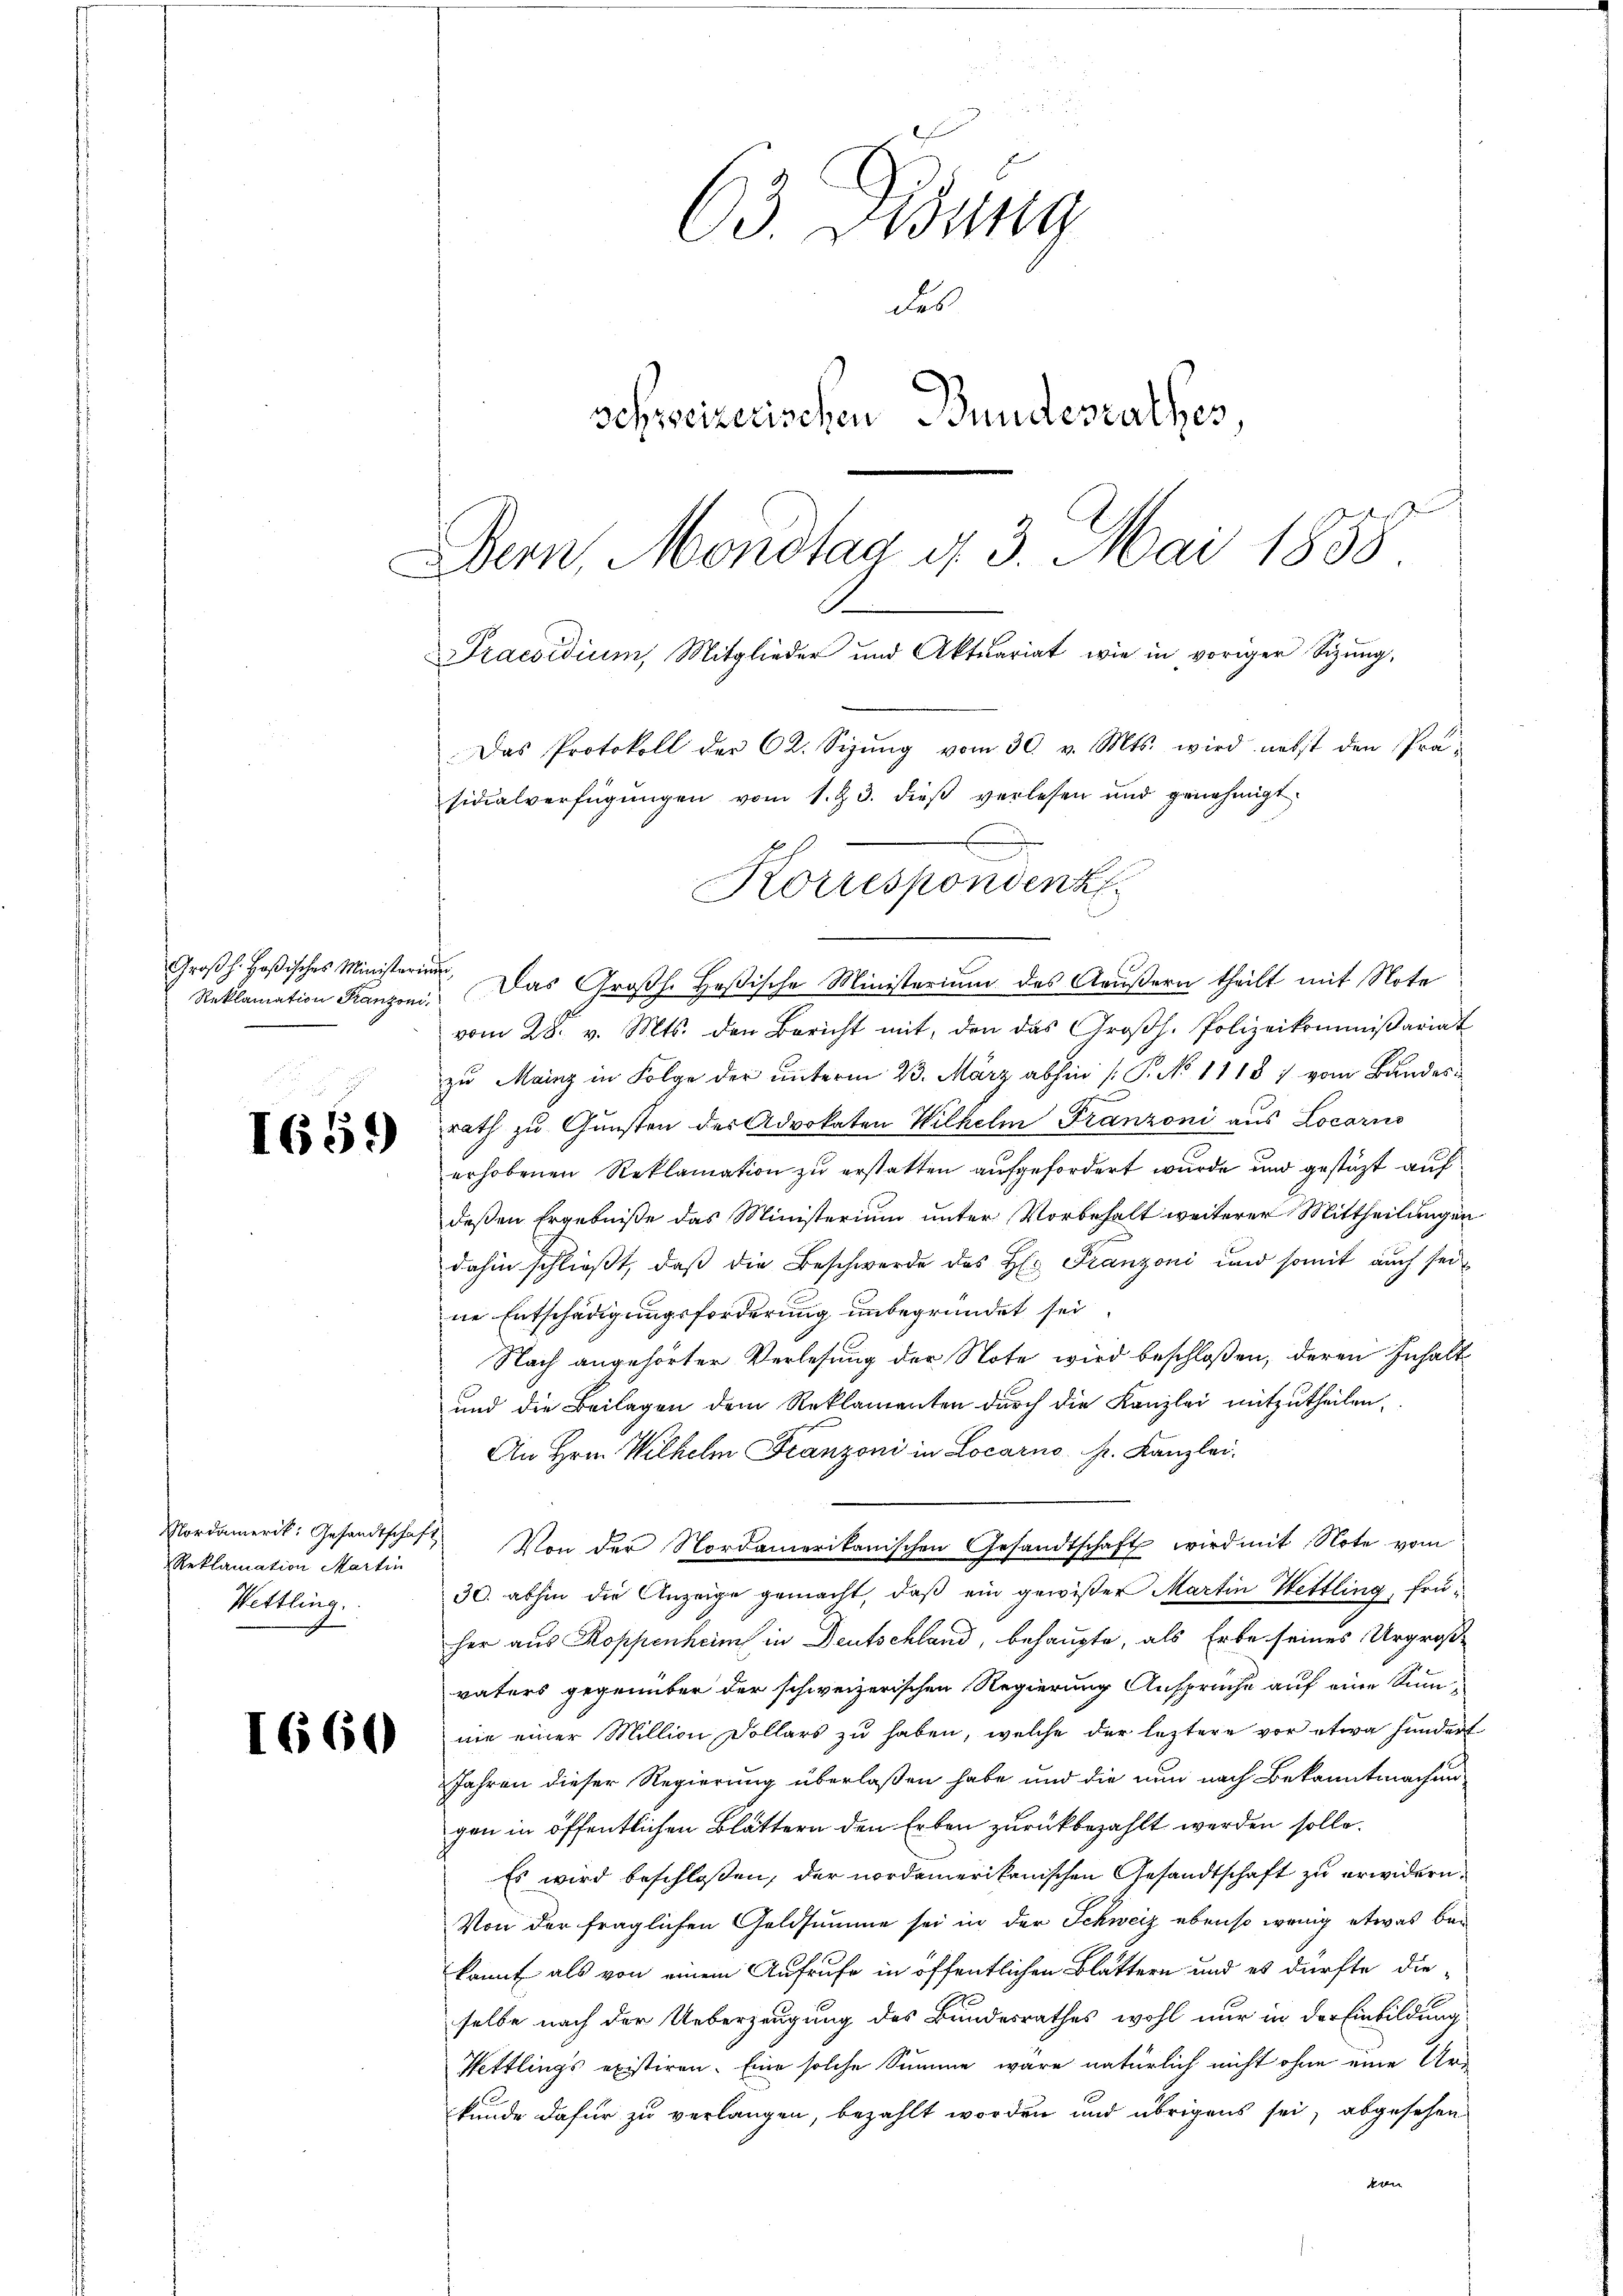
Großh. Heßisches Ministerie
Reklamation Franzoni.

1659

Nordamerik: Gesandtschaf
Reklamation Martin
Wettling.

1660

63 Didung
des
schreizerischen Bundesrathes
Dem Mondtag u. 3. Mai 1858
Praesidium, Mitglieder und Aktuariat wie in voriger Sizung,
Das Protokoll der 62. Sizŭng vom 30. v. Mts. wird nebst den Präsidialverfügŭngen vom 1. Z. 3. dieβ verlesen und genehmigt

. Das Großh. Heßische Ministerium des Aeußern theilt mit Note
vom 28. v. Mts. den Bericht mit, den das Groβh. Polizeikommißariat
zu Mainz in Folge der unterm 23. März abhin /: P. No 11187 vom Bundes
rath zu Gunsten der Advokaten Wilhelm Franzoni aus Locarno
erhobenen Reklamation zu erstatten aufgefordert wurde und gestützt auf
deßen Ergebniße das Ministerium unter Vorbehalt weiterer Mittheilungen
dahin schließt, daß die Beschwerde des H: Franzoni und somit auch sei
ne Entschädigungsforderung unbegründet sei
Nach angehörter Verlesung der Note wird beschloßen, deren Inhalt
und die Beilagen dem Reklamenten durch die Kanzlei mitzutheilen,
An Hrn. Wilhelm Franzoni in Locarno Hr. Kanzlei.
Von der Nordamerikanischen Gesandtschaft wird mit Note vom
30. abhin die Anzeige gemacht, daß ein gewißer Martin Hettling, früher aus Koppenheim in Deutschland, behaupte, als Erbe seines Urgroßvaters gegenüber der schweizerischen Regierung Anspruche auf eine Sumwie einer Million Dollars zu haben, welche der leztere vor etwa hundert
Jahren dieser Regierung überlaßen habe und die nun nach Bekanntmachen
gen in öffentlichen Blättern den Erben zurückbezahlt werden solle.
Es wird beschloßen, der nordamerikanischen Gesandtschaft zu erwidern.
Von der fraglichen Geldsumme sei in der Schweiz ebenso wenig etwas bekannt als von einem Aufrufe in öffentlichen Blättern und es dürfte die
selbe nach der Ueberzeugung des Bundesrathes wohl nur in der Einbildung
Hettlings existiren. Eine solche Summe wäre natürlich nicht ohne eine Ur-
kunde dafür zu verlangen, bezahlt worden und übrigens sei, abgesehen
deren

Korrespondenz